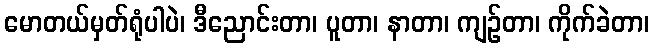
မောတယ်မှတ်ရုံပါပဲ၊ ဒီညောင်းတာ၊ ပူတာ၊ နာတာ၊ ကျဉ်တာ၊ ကိုက်ခဲတာ၊